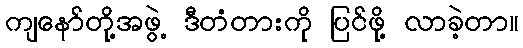
ကျနော်တို့အဖွဲ့ ဒီတံတားကို ပြင်ဖို့ လာခဲ့တာ။